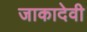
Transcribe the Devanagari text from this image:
जाकादेवी